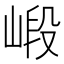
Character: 𱛽